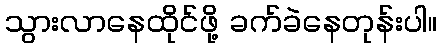
သွားလာနေထိုင်ဖို့ ခက်ခဲနေတုန်းပါ။